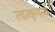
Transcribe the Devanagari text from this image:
त्वत्कृपया